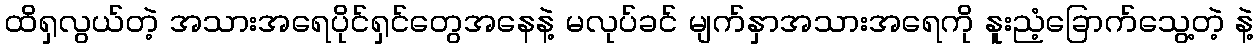
ထိရှလွယ်တဲ့ အသားအရေပိုင်ရှင်တွေအနေနဲ့ မလုပ်ခင် မျက်နှာအသားအရေကို နူးညံ့ခြောက်သွေ့တဲ့ နဲ့